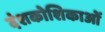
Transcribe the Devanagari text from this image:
दंशकोशिकाओं